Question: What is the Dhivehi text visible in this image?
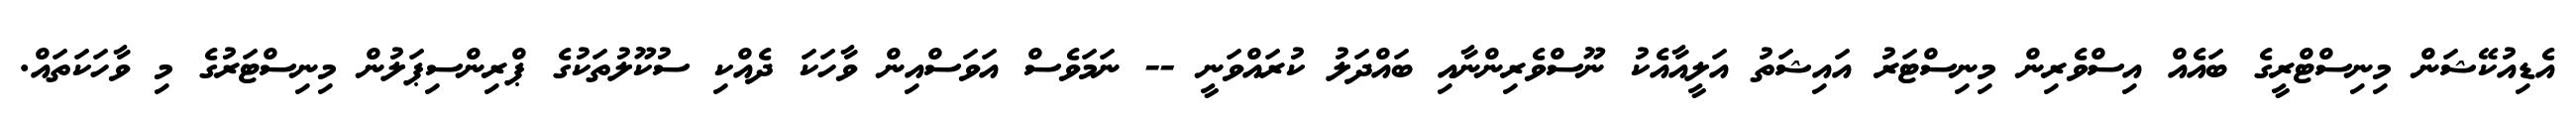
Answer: އެޑިއުކޭޝަން މިނިސްޓްރީގެ ބައެއް އިސްވެރިން މިނިސްޓަރު އައިޝަތު އަލީއާއެކު ނޫސްވެރިންނާއި ބައްދަލު ކުރައްވަނީ -- ނަމަވެސް އަވަސްއިން ވާހަކަ ދެއްކި ސުކޫލުތަކުގެ ޕްރިންސިޕަލުން މިނިސްޓަރުގެ މި ވާހަކަތައް.